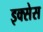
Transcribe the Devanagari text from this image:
इक्सेस